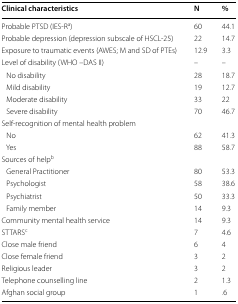
<table><thead><tr><td><b>Clinical characteristics</b></td><td><b>N</b></td><td><b>%</b></td></tr></thead><tbody><tr><td>Probable PTSD (IES-R<sup>a</sup>)</td><td>60</td><td>44.1</td></tr><tr><td>Probable depression (depression subscale of HSCL-25)</td><td>22</td><td>14.7</td></tr><tr><td>Exposure to traumatic events (AWES; M and SD of PTEs)</td><td>12.9</td><td>3.3</td></tr><tr><td>Level of disability (WHO –DAS II)</td><td>–</td><td>–</td></tr><tr><td> No disability</td><td>28</td><td>18.7</td></tr><tr><td> Mild disability</td><td>19</td><td>12.7</td></tr><tr><td> Moderate disability</td><td>33</td><td>22</td></tr><tr><td> Severe disability</td><td>70</td><td>46.7</td></tr><tr><td colspan="3">Self-recognition of mental health problem</td></tr><tr><td> No</td><td>62</td><td>41.3</td></tr><tr><td> Yes</td><td>88</td><td>58.7</td></tr><tr><td colspan="3">Sources of help<sup>b</sup></td></tr><tr><td> General Practitioner</td><td>80</td><td>53.3</td></tr><tr><td> Psychologist</td><td>58</td><td>38.6</td></tr><tr><td> Psychiatrist</td><td>50</td><td>33.3</td></tr><tr><td> Family member</td><td>14</td><td>9.3</td></tr><tr><td>Community mental health service</td><td>14</td><td>9.3</td></tr><tr><td>STTARS<sup>c</sup></td><td>7</td><td>4.6</td></tr><tr><td>Close male friend</td><td>6</td><td>4</td></tr><tr><td>Close female friend</td><td>3</td><td>2</td></tr><tr><td>Religious leader</td><td>3</td><td>2</td></tr><tr><td>Telephone counselling line</td><td>2</td><td>1.3</td></tr><tr><td>Afghan social group</td><td>1</td><td>.6</td></tr></tbody></table>